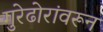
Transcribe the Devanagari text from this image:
गुरेढोरांवरून